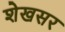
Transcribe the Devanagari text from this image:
शेखसर